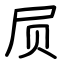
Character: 屃